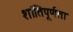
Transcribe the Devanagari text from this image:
शांतिपूर्णता